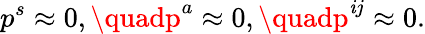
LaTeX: p^{s}\approx0,\quadp^{a}\approx0,\quadp^{\mathit{i}j}\approx0.